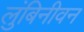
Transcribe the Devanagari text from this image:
लुंबिनीवन